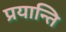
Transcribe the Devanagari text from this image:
प्रयान्ति